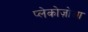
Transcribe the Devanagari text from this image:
प्लेकोज़ोआ